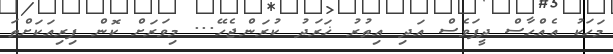
މަހަކު އެއްހާސް ދީފަވެސް އަދި އިތުރު ޚަރަދު ކުރަންޖެހޭ... މިވަރަށް ކޮން ފިރިއަކަށްތަ